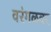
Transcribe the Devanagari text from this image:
वरंगळवर